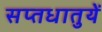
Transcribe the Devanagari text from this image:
सप्‍तधातुयें